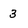
Character: 3